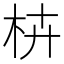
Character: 枿